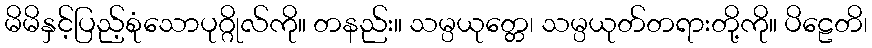
မိမိနှင့်ပြည့်စုံသောပုဂ္ဂိုလ်ကို။ တနည်း။ သမ္ပယုတ္တေ၊ သမ္ပယုတ်တရားတို့ကို။ ပိဠေတိ၊